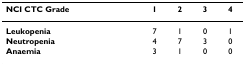
| NCI CTC Grade | 1 | 2 | 3 | 4 |
 | --- | --- | --- | --- | --- |
 | Leukopenia | 7 | 1 | 0 | 1 |
 | Neutropenia | 4 | 7 | 3 | 0 |
 | Anaemia | 3 | 1 | 0 | 0 |